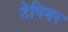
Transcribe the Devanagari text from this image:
टेपियर